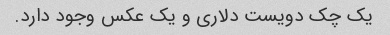
یک چک دویست دلاری و یک عکس وجود دارد.